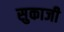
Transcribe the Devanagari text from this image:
सुकाजी